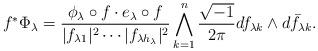
LaTeX: \begin{align*} f^*\Phi_\lambda= \frac{\phi_{\lambda}\circ f\cdot e_\lambda\circ f}{|f_{\lambda1}|^2\cdots|f_{\lambda h_{\lambda}}|^2} \bigwedge_{k=1}^n\frac{\sqrt{-1}}{2\pi}df_{\lambda k}\wedge d\bar f_{\lambda k}. \end{align*}